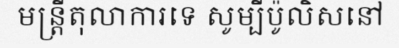
មន្ត្រីតុលាការទេ សូម្បីប៉ូលិសនៅ